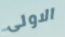
الاولى